Annual statistical returns and brief notes on vaccination in Bengal - 1887-1898
Year: 1887
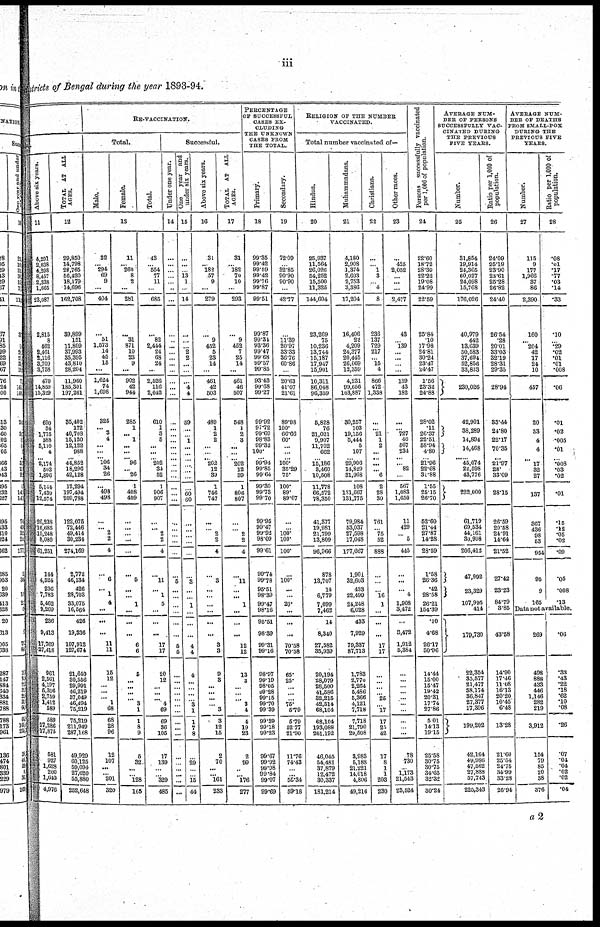
iii
districts of Bengal during the year 1893-94.
Above six years.
11
4,291
2,038
4,298
8,457
2,338
1,665
23,087
2,815
8
462
2,461
2,116
3,709
3,758
470
14,859
15,329
690
34
1,775
388
5,110
4
...
2,174 503
1,896
5,144
7,430
12,574
26,238
16,685
10,248
8,080
61,251
144
4,524
236
7,783
5,462
9,269
236
9,413
17,769
27,418
961
2,561
4,197
6,396
2,759
1,412
589
589
17,286
17,875
581
927
1,628
200
1,640
4,976
TOTAL AT ALL
AGES.
12
29,850
14,798
28,765
56,420
18,179
14,696
162,708
39,899
151
11,809
37,993
35,395
43,810
28,204
11,960
185,301
197,261
35,402
172
40,708
15,120
12,122
988
... 44,852 18,296
42,128
12,294
197,494
209,788
122,075
72,446
49,414
30,234
274,169
2,772
46,134
426
28,703
33,075
16,564
426
19,336
107,912
127,674
21,640
30,556
29,991
46,219
37,049
46,494
75,219
75,219
211,949
287,168
49,929
60,125
69,094
27,620
55,880
252,648
RE-VACCINATION.
Total.
Male.
Female.
Total.
13
32
...
294
69
9
...
404
...
51
1,573
14
45
15
...
1,624
74
1,698
325
... 3 4
...
...
...
106 34
26
...
498
498
...
... 2
2
4
... 6
... 1
4
...
...
...
11
11
15
12
... ...
... 1
68
68
28
96
12
107
...
... 201
320
11
... 260
8
2
...
281
...
31
871
10
23
9
...
902
42
944
285
1
...
1
...
...
... 96
... 26
1
408
409
...
...
... ...
...
... 5
...
...
1
...
...
...
6
6
5
...
...
...
... 3
1
1
8
9
6
32
...
... 128
165
43
...
554
77
11
...
685
...
82
2,444
24
68
24
...
2,526
116
2,642
610
1
3
5
...
...
... 202 34
52
1
906
907
...
... 2
2
4
... 11
... 1
5
...
...
...
17
17
20
12
...
...
... 4
69
69
36
106
17
139
...
... 329
485
Successful.
Under one year.
14
...
...
...
...
...
...
...
...
...
...
...
... ...
...
...
...
...
...
...
...
...
...
...
... ...
...
...
...
...
...
...
...
...
...
...
... 5
...
1
...
...
...
...
5
5
...
...
...
...
...
...
...
...
...
...
...
...
...
...
...
...
One year and
under six years.
15
...
...
...
13
1
...
14
...
...
... 2
2
...
...
...
4
4
59
...
...
1
...
...
... ...
...
...
...
60
60
...
...
...
...
...
...
3
...
...
1
...
...
...
4
4
4
...
...
...
... 3
1
1
7
8
...
29
...
... 15
44
Above six years.
16
31
... 182
57
9
...
279
...
9
452
5
23
14
...
461
42
603
489
1
2
2
...
...
... 202 12
39
1
746
747
...
... 2
2
4
... 3
...
...
...
...
...
...
3
3
9
3
...
...
...
... 3
3
12
15
2
70
...
... 161
233
TOTAL AT ALL
AGES.
17
31
...
182
70
10
...
293
...
9
452
7
25
14
...
461
46
507
548
1
2
3
... ...
... 202 12
39
1
806
807
...
... 2
2
4
... 11
...
...
1
...
...
...
12
12
13
3
...
...
... 3
4
4
19
23
2
99
...
... 176
277
PERCENTAGE
OF SUCCESSFUL
CASES EX-
CLUDING
THE UNKNOWN
CASES FROM
THE TOTAL.
Primary.
18
99.35
99.42
99.69
99.42
99.76
99.87
99.51
99.87
99.31
93.36
99.47
99.68
99.57
99.85
93.43
99.68
99.27
99.92
97.72
99.69
98.83
99.32
100.
... 99.94 99.85
99.64
99.30
99.73
99.70
99.95
99.47
99.92
98.09
99.61
99.74
99.78
95.51
98.39
99.47
98.16
95.51
98.39
99.31
99.16
98.97
99.19
98.05
99.28
99.15
99.70
99.39
99.39
99.18
99.23
99.67
99.92
99.98
99.84
99.07
99.69
Secondary.
19
72.09
...
32.85
90.90
90.90
...
42.77
...
11.39
20.97
33.33
36.76
60.86
...
20.63
41.07
21.61
89.98
100.
66.66
60.
...
...
... 100.
35.29 75.
100.
89.
89.07
...
... 100.
100.
100.
... 100.
...
...
20.
...
...
...
70.58
70.58
65.
25.
...
...
... 75.
5.79
5.79
52.77
21.90
11.76
74.43
...
... 55.34
59.18
RELIGION OF THE NUMBER
VACCINATED.
Total number vaccinated of—
Hindus.
20
25,937
11,564
26,026
54,252
15,500
11,325
144,604
23,269
75
10,236
13,744
15,187
17,947
15,901
10,311
86,048
96,359
5,828
76
21,021
9,907
11,702
662
...
15,186 3,460
10,508
11,778
66,572
78,350
41,377
19,981
21,799
13,809
96,966
878
13,707
14
6,779
7,099
7,462
14
8,340
27,582
35,939
20,194
28,079
28,500
41,586
32,215
42,514
68,104
68,104
193,088
261,192
46,045
54,481
37,879
12,472
30,337
181,214
Muhammadans.
21
4,180
2,908
1,374
2,603
2,753
3,386
17,204
16,406
22
4,209
24,377
20,445
26,069
12,359
4,231
99,656
103,887
30,257
103
19,156
5,444
5
107
...
29,906 14,829
31,968
108
131,607
131,775
79,984
53,037
27,598
17,048
177,667
1,901
32,603
433
22,499
24,248
6,028
433
7,929
79,387
87,713
1,783
2,770
2,264
5,486
5,366
4,121
7,718
7,718
21,790
29,508
3,983
5,188
21,221
14,018
4,806
49,216
Christians.
22
...
...
1
3
...
4
8
236
137
729
217
...
15
4
866
472
1,338
...
... 21 1
2
...
... ...
... 6
2
28
30
761
... 75
52
888
...
...
... 16
1
...
...
...
17
17
...
...
...
... 26
... 17
17
25
42
17
8
1
1
203
230
Other races.
23
...
425
2,052
...
...
...
2,477
43
... 139
... ...
...
...
139
43
182
...
... 727 40
567
234
... ... 82
...
567
1,083
1,650
11
429
... 5
445
...
...
... 4
1,908
3,472
...
3,472
1,912
5,384
...
...
...
... ...
...
...
...
...
...
78
730
... 1,173
21,543
23,524
Persons successfully vaccinated
per 1,000 of population.
24
22.60
18.72
28.39
22.22
19.08
24.99
22.59
25.84
.10
17.98
24.81
30.24
23.47
24.47
1.56
23.32
24.88
28.02
.11
26.37
22.51
58.94
4.80
...
21.96
22.68
31.88
1.55
25.15
26.70
52.60
21.44
27.87
14.28
28.59
1.58
26.36
.42
28.58
26.21
154.39
.10
4.68
26.17
30.96
14.44
15.00
15.47
19.42
20.31
17.74
27.86
5.01
14.13
19.15
25.58
30.75
30.75
34.65
32.32
30.24
AVERAGE NUM-
BER OF PERSONS
SUCCESSFULLY VAC-
CINATED DURING
THE PREVIOUS
FIVE YEARS.
Number.
25
31,854
19,914
24,365
60,027
24,098
15,768
176,026
40,979
442
13,639
50,583
37,694
52,856
33,833
230,026
42,901
38,289
14,894
14,468
...... 45,074 22,598
43,776
222.000
61,719
69,534
44,161
30,998
206,412
47,992
23,329
107,995
414
179,730
22,354
33,577
21,477
38,174
36,847
27,377
17,396
199,202
42,164
49,986
47,562
27,888
57,743
225,343
Ratio per 1,000 of
population.
26
24.09
25.19
23.90
23.61
25.28
26.82
24.40
26.54
.28
20.01
33.03
32.19
28.31
29.35
28.94
33.44
24.80
22.17
70.35
... 21.97 28.
33.09
28.15
26.59
20.58
24.91
14.64
21.52
27.42
23.23
84.79
3.85
43.68
14.90
17.46
11.08
16.13
20.20
10.45
6.48
13.28
21.60
25.54
24.75
34.90
33.28
26.94
AVERAGE NUM-
BER OF DEATHS
FROM SMALL-POX
DURING THE
PREVIOUS FIVE
YEARS.
Number.
27
115
9
177
1,966
37
86
2,390
160
... 204
42
17
24
10
457
20
33
4
4
... 17 32
27
137
367
436
98
53
954
95
9
165
Ratio per 1,000 of
population.
28
.08
.01
.17
.77
.03
.14
.33
.10
... .29
.02
.01
.01
.008
.06
.01
.02
.005
.01
... .008 .03
.02
.01
.15
.12
.05
.02
.09
.05
.008
.13
Data not available.
269
498
888
433
446
1,146
282
219
3,912
154
79
85
20
38
376
.06
.33
.43
.22
.18
.62
.10
.08
.26
.07
.04
.04
.02
.02
.04
a 2